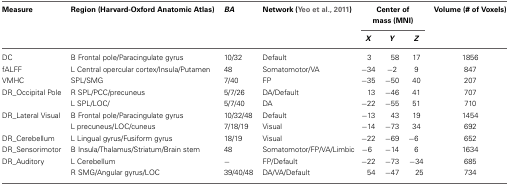
| Measure | Region (Harvard-Oxford Anatomic Atlas) | BA | Network (Yeo et al., 2011) | <COLSPAN=3> Center of mass (MNI) | Volume (# of Voxels) |
 |  |  |  |  | X | Y | Z |  |
 | --- | --- | --- | --- | --- | --- | --- | --- |
 | DC | B Frontal pole/Paracingulate gyrus | 10/32 | Default | 3 | 58 | 17 | 1856 |
 | fALFF | L Central opercular cortex/Insula/Putamen | 48 | Somatomotor/VA | −34 | −2 | 9 | 847 |
 | VMHC | SPL/SMG | 7/40 | FP | −35 | −50 | 40 | 207 |
 | DR_Occipital Pole | R SPL/PCC/precuneus | 5/7/26 | DA/Default | 13 | −46 | 41 | 707 |
 |  | L SPL/LOC/ | 5/7/40 | DA | −22 | −55 | 51 | 710 |
 | DR_Lateral Visual | B Frontal pole/Paracingulate gyrus | 10/32/48 | Default | −13 | 43 | 19 | 1454 |
 |  | L precuneus/LOC/cuneus | 7/18/19 | Visual | −14 | −73 | 34 | 692 |
 | DR_Cerebellum | L Lingual gyrus/Fusiform gyrus | 18/19 | Visual | −22 | −69 | −6 | 652 |
 | DR_Sensorimotor | B Insula/Thalamus/Striatum/Brain stem | 48 | Somatomotor/FP/VA/Limbic | −6 | −14 | 6 | 1634 |
 | DR_Auditory | L Cerebellum | − | FP/Default | −22 | −73 | −34 | 685 |
 |  | R SMG/Angular gyrus/LOC | 39/40/48 | DA/VA/Default | 54 | −47 | 25 | 734 |